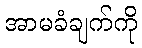
အာမခံချက်ကို